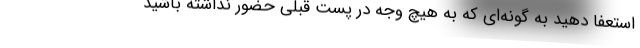
استعفا دهید به گونه‌‌ای که به هیچ وجه در پست قبلی حضور نداشته باشید